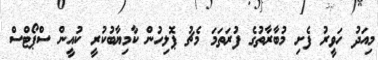
މިއަދު ހަވީރު ފެށި މުބާރާތުގެ ފުރަތަމަ މެޗު ޕޮލިހުން ކާމިޔާބުކުރީ ކުއީން ސްޕޯޓްސް